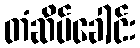
တံဆိပ်ခေါင်း